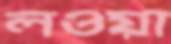
লওয়া